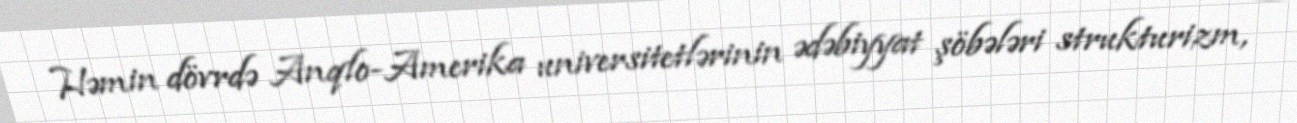
Həmin dövrdə Anqlo-Amerika universitetlərinin ədəbiyyat şöbələri strukturizm,